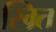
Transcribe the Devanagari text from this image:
स्म्र्ति